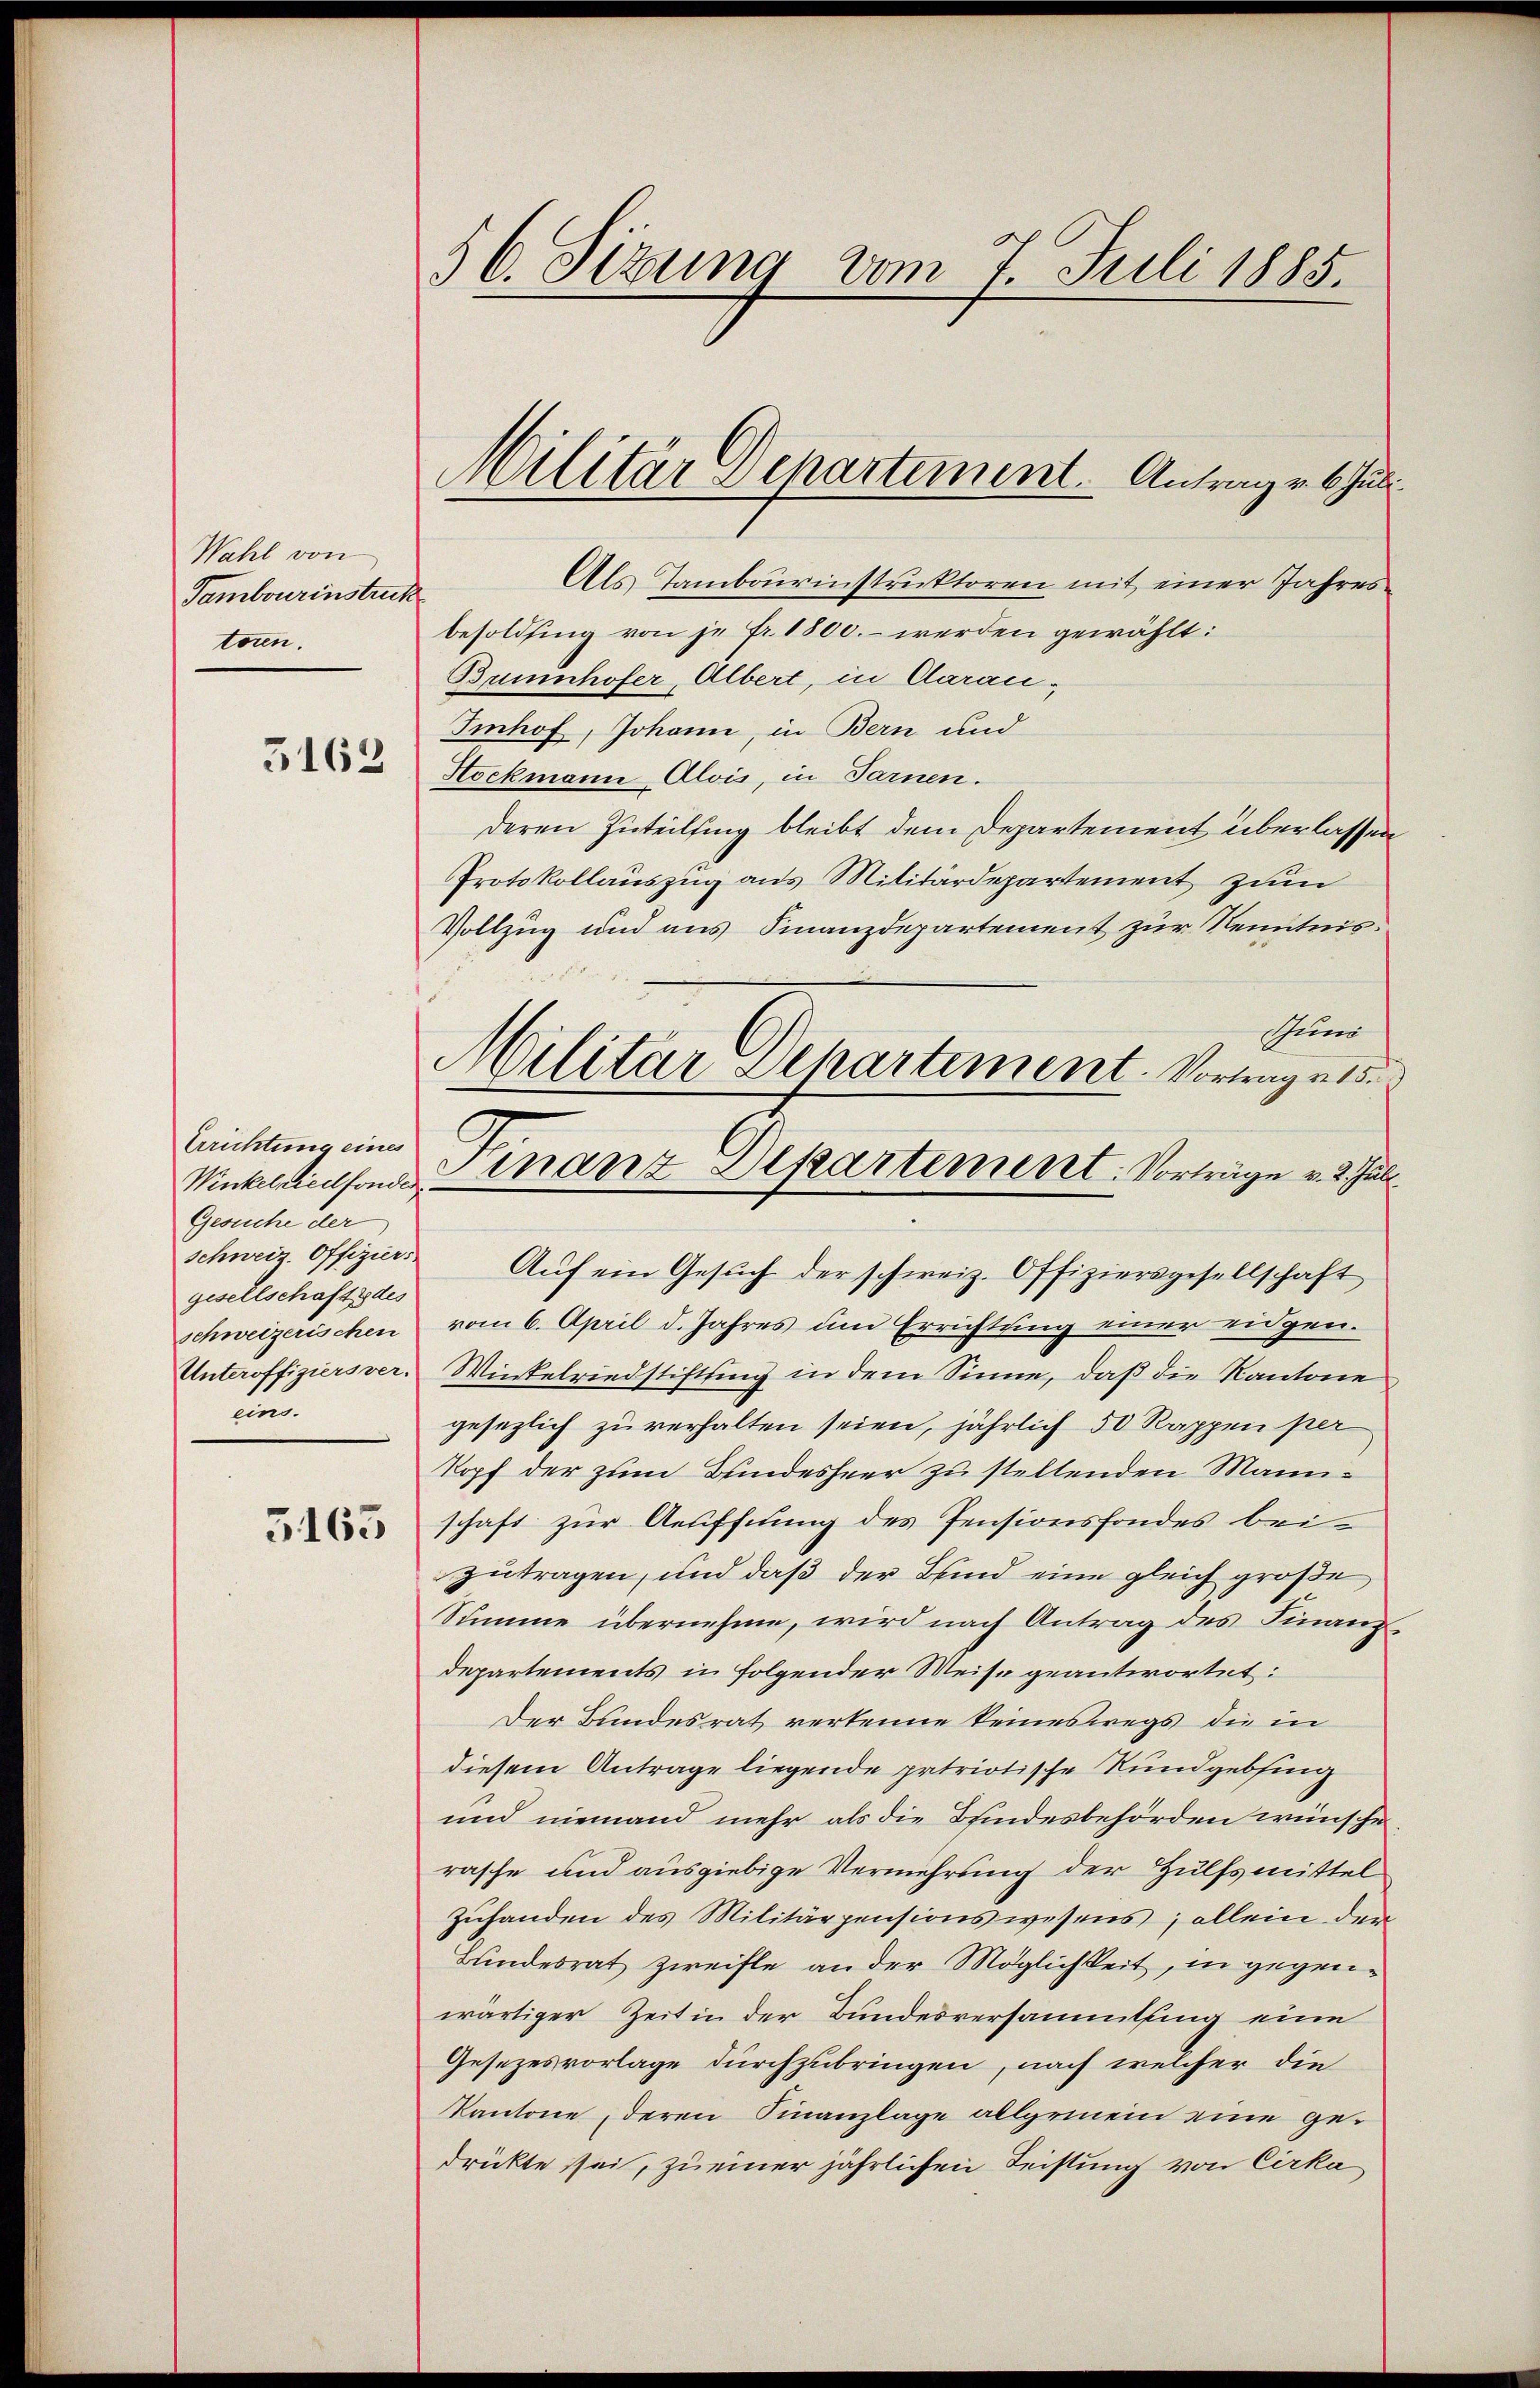
Wahl von
Tambourinstruck
toren.
5162

Errichtung eines
Gesuche der
gesellschaftsdes
schweizerischen
Unteroffiziersver-
eins.
3163

56. Sizung vom 7. Juli 1885.

Als Tambourinstruktoren mit einer Jahresbesoldsing von je Fr. 1800.- werden gewählt:
Bumhofer, Albert, in Daran¬
Imhof, Johann, in Bern und
Stockmann Alois, in Farnen.
deren Zuteilung bleibt dem Departement überlassen
Protokollauszug aus Militärdepartement zum
Vollzug und aus Finanzdepartement zur Kenntnis¬
Juni
schweiz. Offiziers Aŭf ein Gesŭch der schweiz. Offiziersgesellschaft
vom 6. April d. Jahres um Errichtung einer eidgen.
Wintelriedstiftung in dem Sinne, daß die Kantone
gesezlich zu verhalten seien, jährlich 50 Rappen per
Kopf der zum Bundesheer zu stellenden Mannschaft zur Aeuffnung des Pensionsfondes bei
zutragen, und daß der Bund eine gleich große
Summe übernehme, wird nach Antrag des Finanzdepartements in folgender Weise geantwortet:
Der Bundesrat verkenne keineswegs die in
diesem Antrage liegende patriotische Rundgebing
und niemand mehr als die Bindesbehörden wünsche.
rasche und ausgiebige Vermehrung der Hülfsmittel
Zŭhanden des Militärpensionswesens; allein der
Bundesrat zweifle an der Möglichkeit, in gegenwärtiger Zeit in der Bundesversammtuung eine
Gesezesvorlage durchzubringen, nach welcher die
Kantone deren Finanzlage allgemein eine gedrückte sei, zu einer jährlichen Leistung von Cirka

Militär Departement. Antrag v. 6. Juli

Militar Departement. Vortrage 15.
Winklichen Finanz Departement. Vorträge v. 2. Juli.